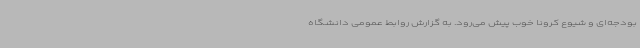
بودجه‌ای و شیوع کرونا خوب پیش می‌رود. به گزارش روابط عمومی دانشگاه